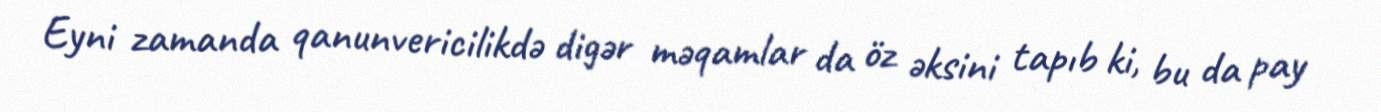
Eyni zamanda qanunvericilikdə digər məqamlar da öz əksini tapıb ki, bu da pay